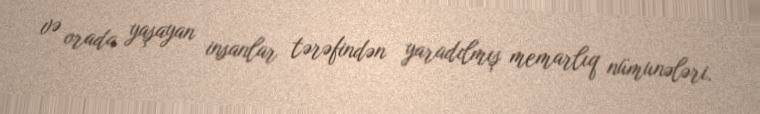
və orada yaşayan insanlar tərəfindən yaradılmış memarlıq nümunələri.